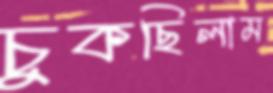
চুকছিলাম